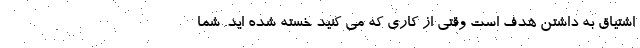
اشتیاق به داشتن هدف است وقتی از کاری که می کنید خسته شده اید. شما